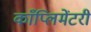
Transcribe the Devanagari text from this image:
काँप्लिमेंटरी